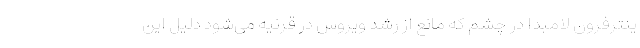
ینترفرون لامبدا در چشم که مانع از رشد ویروس در قرنیه می‌شود دلیل این